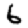
Digit: 6